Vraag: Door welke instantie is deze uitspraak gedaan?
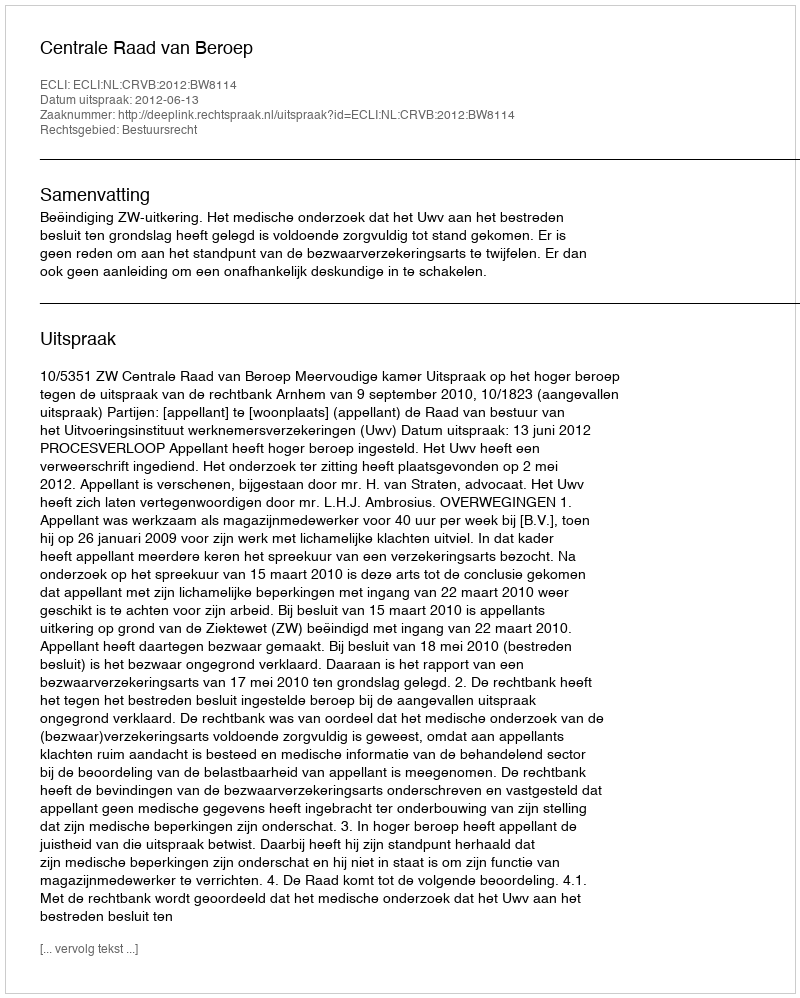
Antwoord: Centrale Raad van Beroep